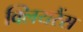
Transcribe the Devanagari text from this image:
क्लियरैंस